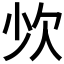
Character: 𣢒